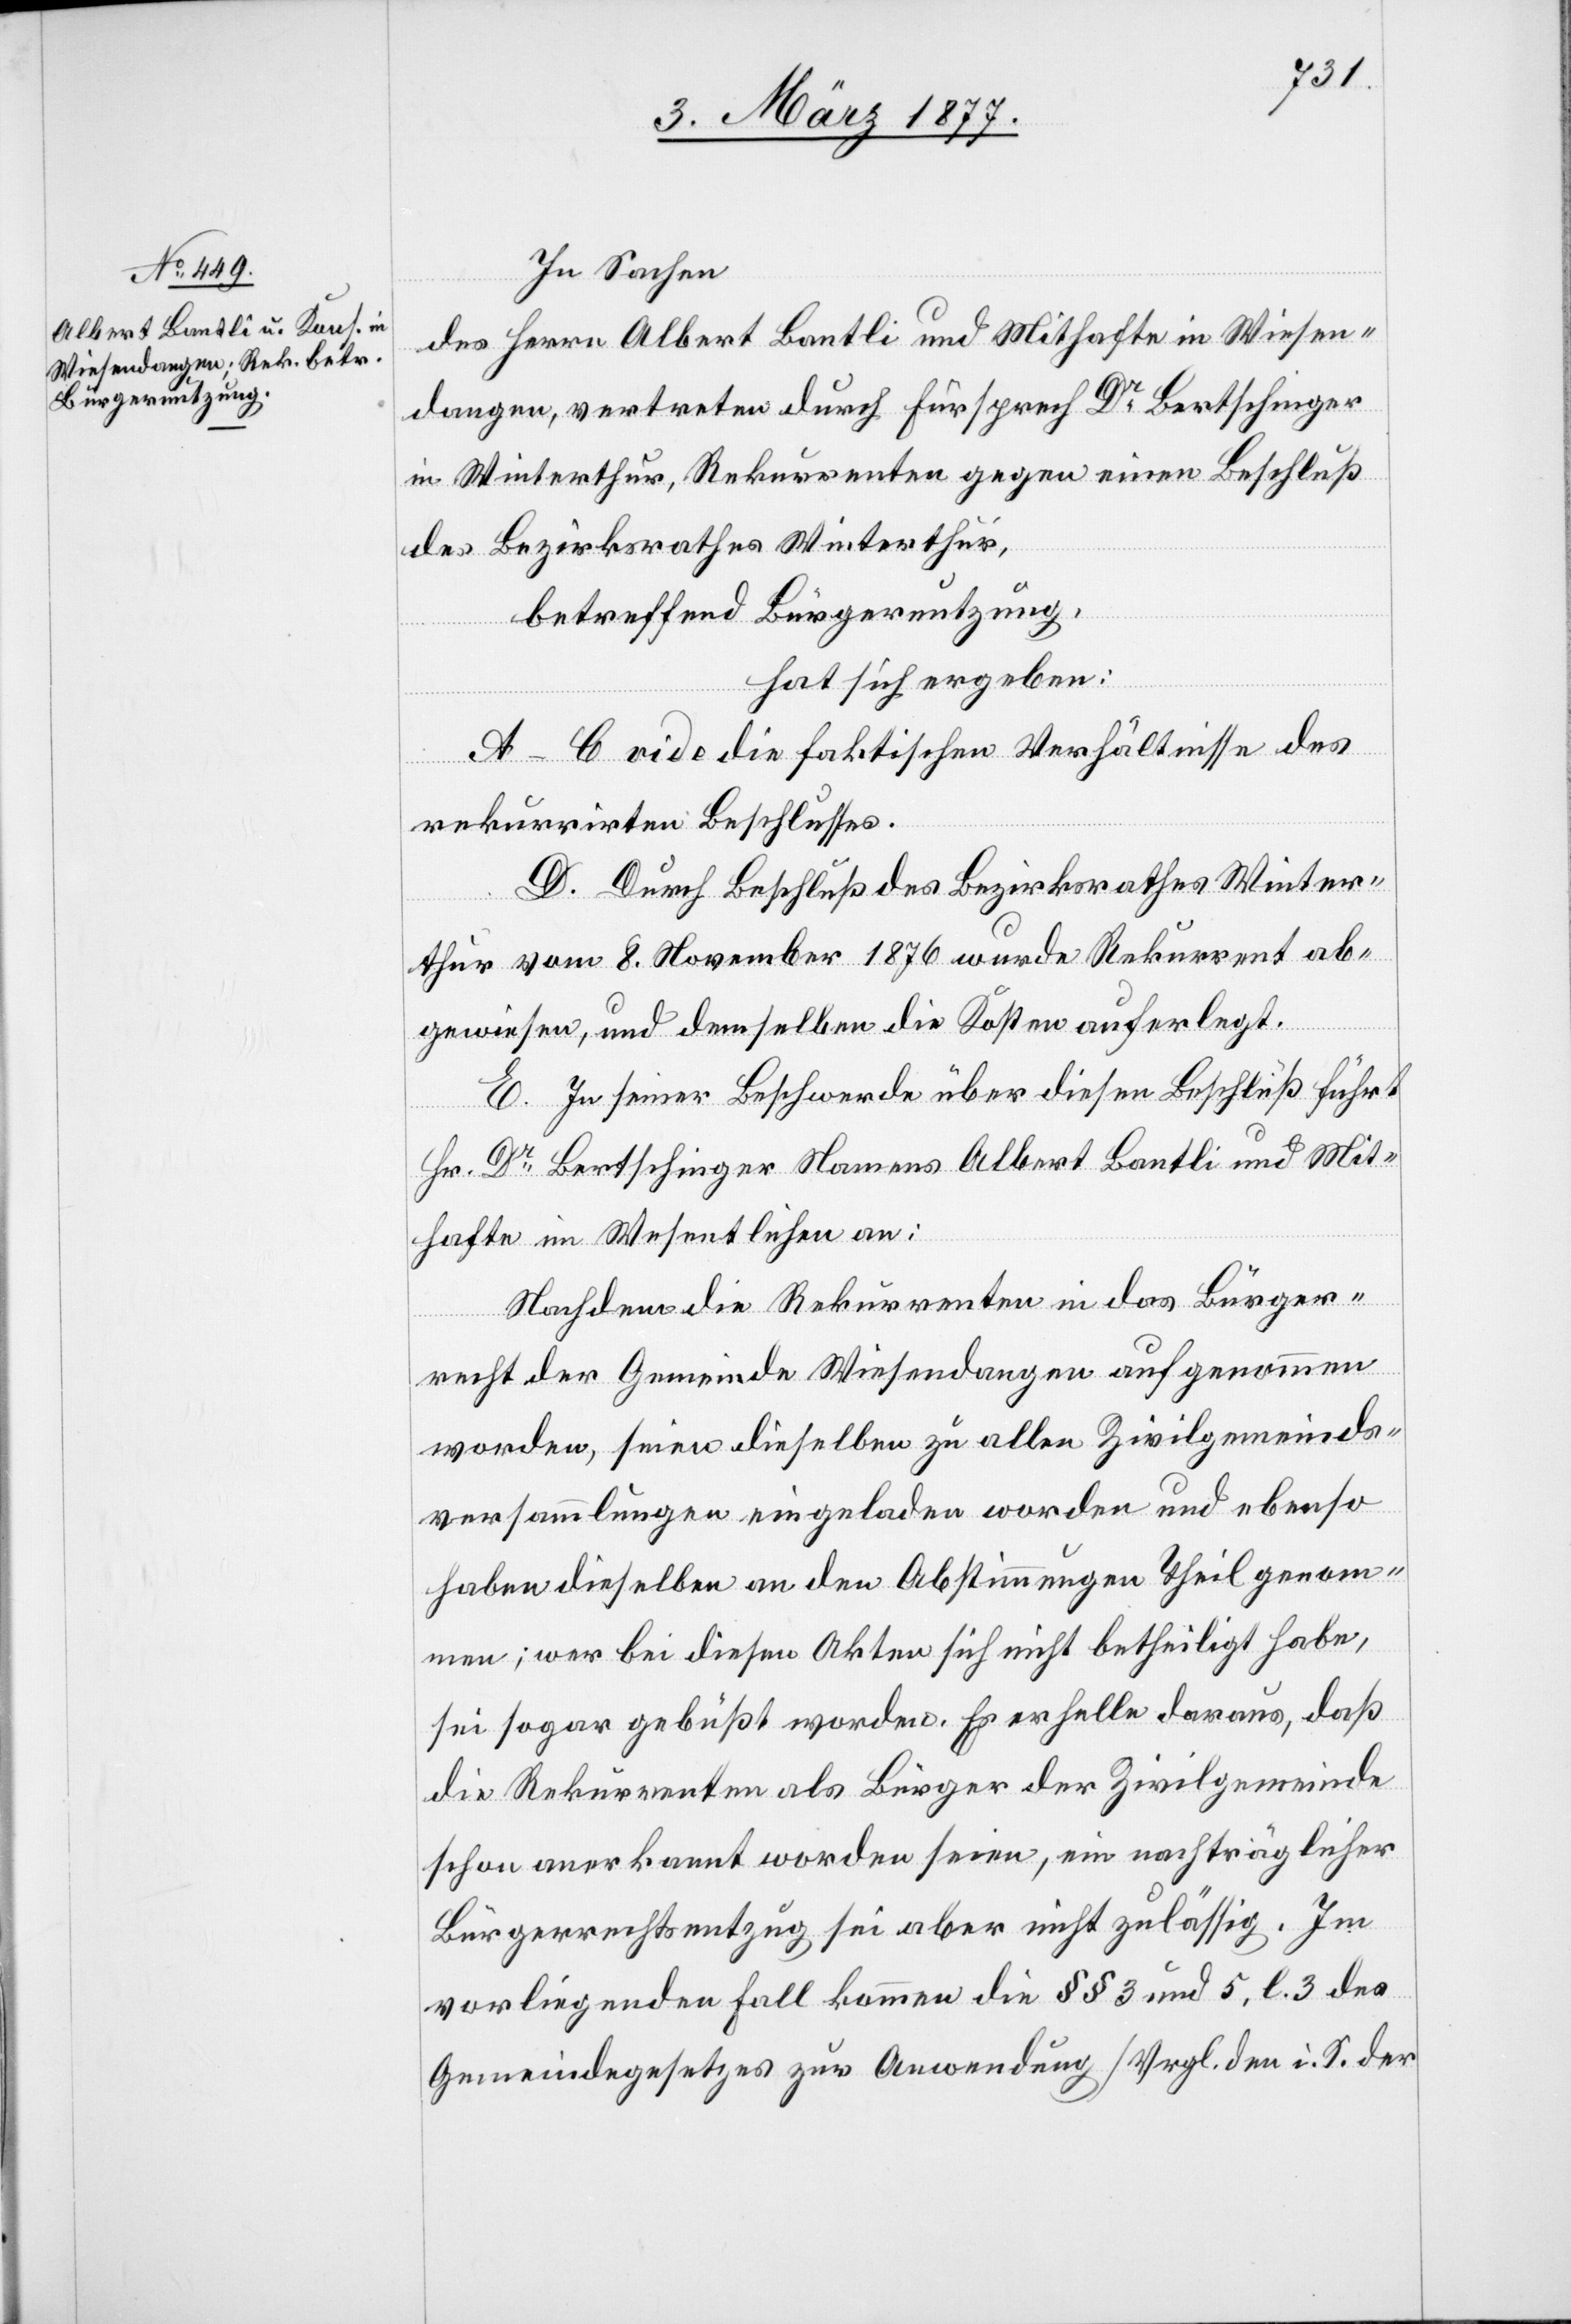
In Sachen
des Herrn Albert Bantli und Mithafte in Wiesen¬
dangen, vertreten durch Fürsprech Dr Bertschinger
in Winterthur, Rekurrenten gegen einen Beschluß
des Bezirksrathes Winterthur,
betreffend Bürgernutzung,
hat sich ergeben:
A–C vide die faktischen Verhältnisse des
rekurrirten Beschlusses.
D. Durch Beschluß des Bezirksrathes Winter¬
thur vom 8. November 1876 wurde Rekurrent ab¬
gewiesen, und demselben die Kosten auferlegt.
E. In seiner Beschwerde über diesen Beschluß führt
Hr. Dr Bertschinger Namens Albert Bantli und Mit¬
hafte im Wesentlichen an:
Nachdem die Rekurrenten in das Bürger¬
recht der Gemeinde Wiesendangen aufgenommen
worden, seien dieselben zu allen Zivilgemeinds¬
versammlungen eingeladen worden und ebenso
haben dieselben an den Abstimmungen Theil genom¬
men; wer bei diesen Akten sich nicht betheiligt habe,
sei sogar gebüßt worden. Es erhelle daraus, daß
die Rekurrenten als Bürger der Zivilgemeinde
schon anerkannt worden seien, ein nachträglicher
Bürgerrechtsentzug sei aber nicht zulässig. Im
vorliegenden Fall kommen die §§ 3 und 5, l. 3 des
Gemeindegesetzes zur Anwendung [Vrgl. den i. S. der